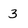
Character: 3